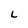
Character: L